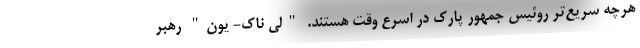
هرچه سریع‌تر روئیس ‌جمهور پارک در اسرع وقت هستند. "لی ناک- یون" رهبر